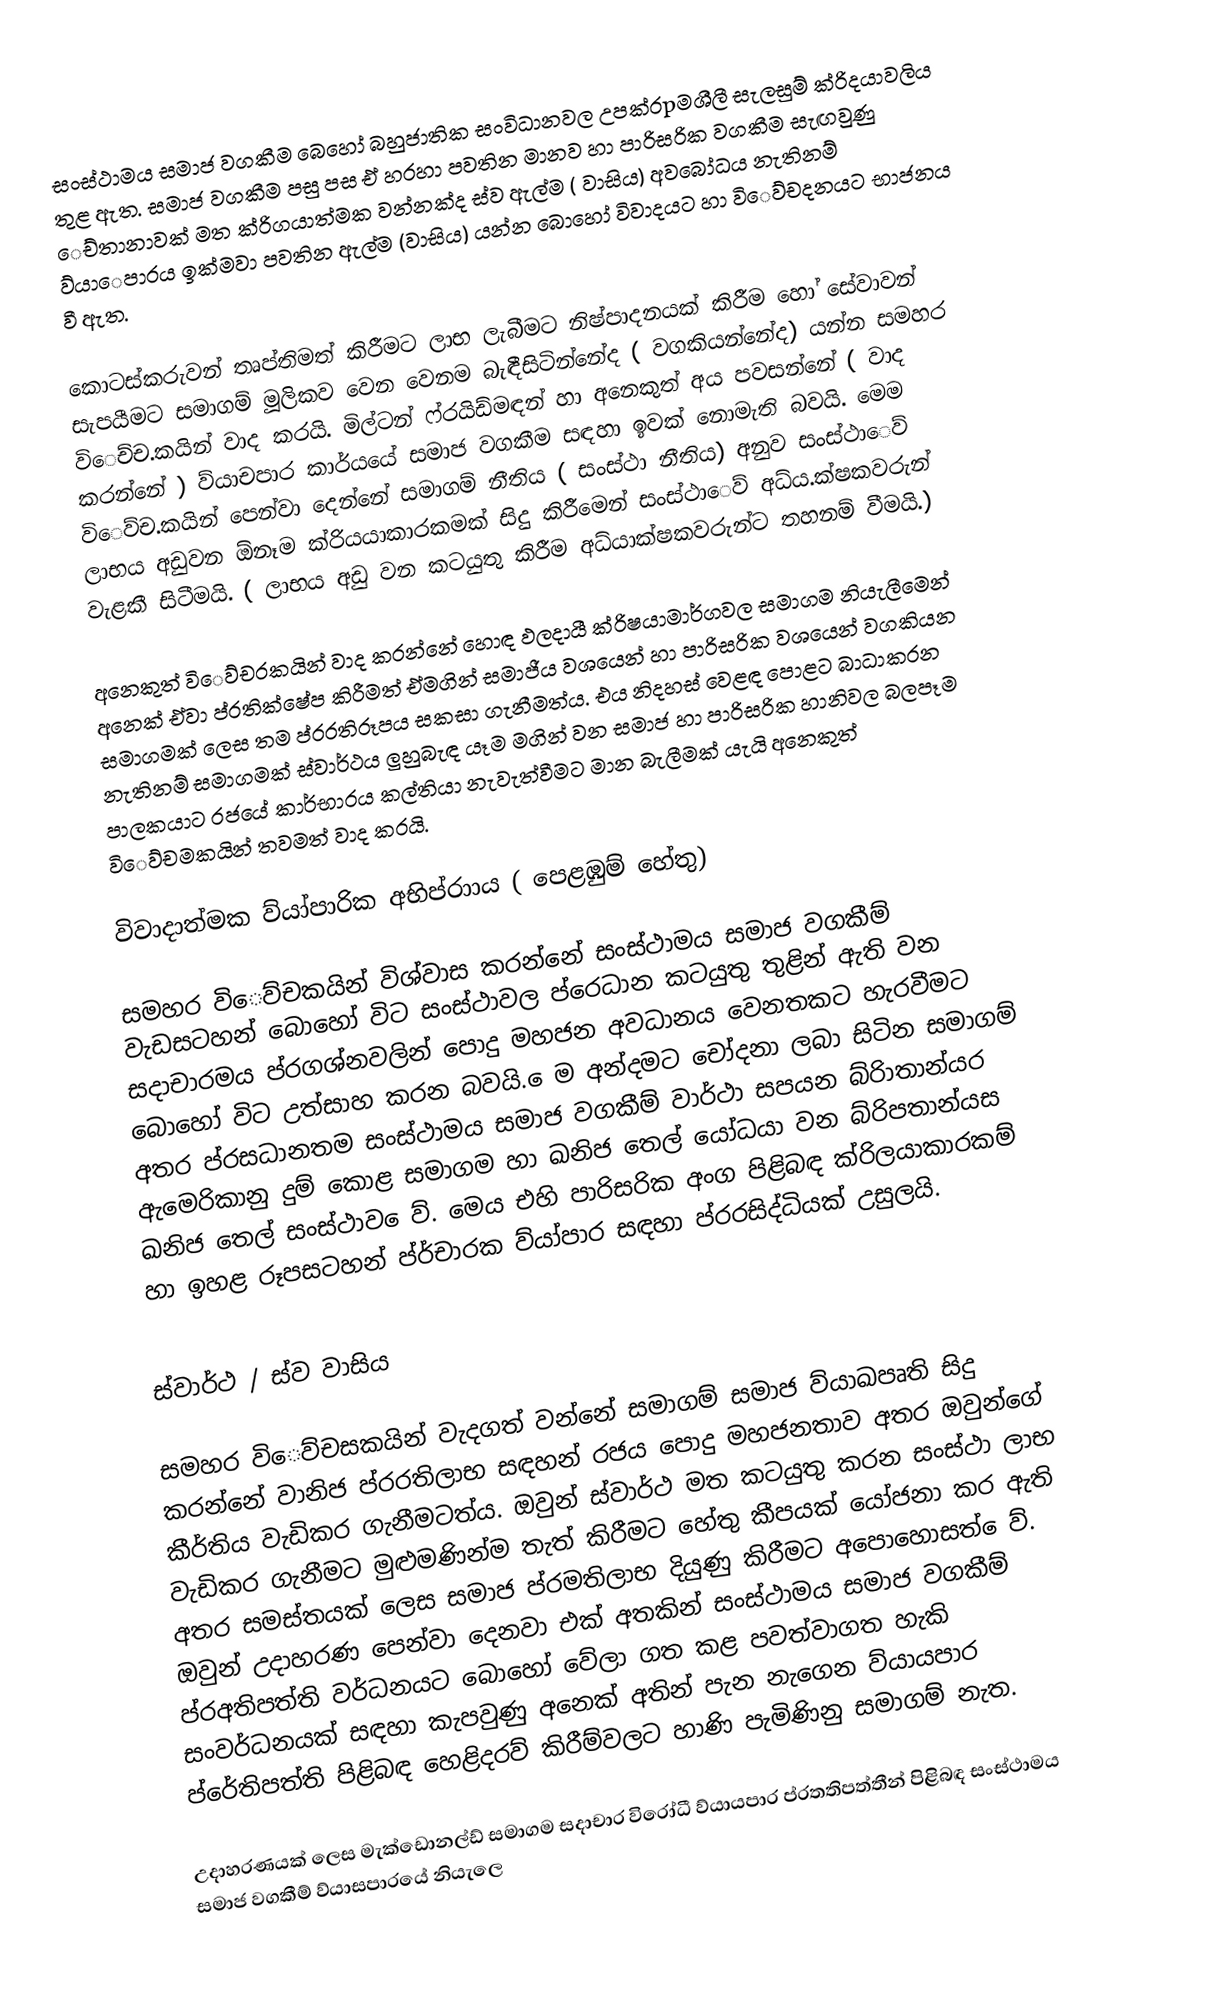
සංස්ථාමය සමාජ වගකීම බෙහෝ බහුජාතික සංවිධානවල උපක්රpමශීලී සැලසුම්‍ ක්රිදයාවලිය තුළ ඇත. සමාජ වගකීම පසු පස ඒ හරහා පවතින මානව හා පාරිසරික වගකීම සැඟවුණු ‍ෙච්තානාවක් මත ක්රිගයාත්මක  වන්නක්ද ස්ව ඇල්ම ( වාසිය) අවබෝධය නැතිනම් ව්යාෙපාරය ඉක්මවා පවතින ඇල්ම (වාසිය) යන්න බොහෝ විවාදයට හා වි‍ෙව්චදනයට භාජනය වී ඇත.

කොටස්කරුවන් තෘප්තිමත් කිරීමට ලාභ ලැබීමට නිෂ්පාදනයක් කිරීම හෝ සේවාවන් සැපයීමට සමාගම්‍ මූලිකව වෙන වෙනම බැඳීසිටින්නේද ( වගකියන්නේද) යන්න සමහර වි‍ෙච්ච.කයින් වාද කරයි. මිල්ටන් ෆ්රයිඩ්මඳන් හා අනෙකුත් අය පවසන්නේ ( වාද කරන්නේ ) ව්යාචපාර කාර්යයේ සමාජ වගකීම සඳහා ඉවක් නොමැති බවයි. මෙම වි‍ෙව්ච.කයින් පෙන්වා දෙන්නේ සමාගම්‍ නීතිය ( සංස්ථා නීතිය) අනුව සංස්ථා‍ෙව් ලාභය අඩුවන ඕනෑම ක්රියයාකාරකමක් සිදු කිරීමෙන් සංස්ථා‍ෙව්‍ අධ්ය.ක්ෂකවරුන් වැළකී සිටීමයි. ( ලාභය අඩු වන කටයුතු කිරීම  අධ්යාක්ෂකවරුන්ට තහනම්‍ වීමයි.)

අනෙකුත් වි‍ෙව්චරකයින්  වාද කරන්නේ හොඳ ඵලදායී ක්රිෂයාමාර්ගවල සමාගම නියැලීමෙන් අනෙක් ඒවා ප්ර‍තික්ෂේප කිරීමත් ඒමගින් සමාජීය වශයෙන් හා පාරිසරික වශයෙන් වගකියන සමාගමක් ලෙස තම ප්රරතිරූපය සකසා ගැනීමත්ය. එය නිදහස්  වෙළඳ පොළට බාධාකරන නැතිනම්‍ සමාගමක් ස්වාර්ථය ලුහුබැඳ යෑම මගින් වන සමාජ හා පාරිසරික හානිවල බලපෑම පාලකයාට රජයේ කාර්භාරය කල්තියා නැවැත්වීමට මාන බැලීමක් යැයි අනෙකුත් වි‍ෙව්චමකයින් තවමත් වාද කරයි.

විවාදාත්මක ව්යා්පාරික අභිප්රාාය ( පෙළඹුම්‍ හේතු)

සමහර වි‍ෙව්ච‍කයින් විශ්වාස කරන්නේ සංස්ථාමය සමාජ වගකීම්‍ වැඩසටහන් බොහෝ විට සංස්ථාවල ප්රෙධාන කටයුතු තුළින් ඇති වන සදාචාරමය ප්රගශ්නවලින් පොදු මහජන අවධානය වෙනතකට හැරවීමට බොහෝ විට උත්සාහ කරන බවයි. ‍ෙම අන්දමට චෝදනා ලබා සිටින සමාගම්‍ අතර ප්රසධානතම සංස්ථාමය සමාජ වගකීම්‍ වාර්ථා සපයන බ්රිාතාන්යර ඇමෙරිකානු දුම් කොළ සමාගම හා ඛනිජ තෙල් යෝධයා වන බ්රිපතාන්යස ඛනිජ තෙල් සංස්ථාව ‍ෙව්‍. මෙය එහි පාරිසරික අංග පිළිබඳ ක්රිලයාකාරකම්‍ හා ඉහළ රූපසටහන් ප්ර්චාරක ව්යා්පාර සඳහා ප්රරසිද්ධියක් උසුලයි.

ස්වාර්ථ / ස්ව වාසිය

සමහර වි‍ෙව්චසකයින් වැදගත් වන්නේ සමාගම්‍ සමාජ ව්යාඛපෘති සිදු කරන්නේ වානිජ ප්රරතිලාභ සඳහන් රජය පොදු මහජනතාව අතර ඔවුන්ගේ කීර්තිය වැඩිකර ගැනීමටත්ය. ඔවුන් ස්වාර්ථ මත කටයුතු කරන සංස්ථා ලාභ වැඩිකර ගැනීමට මුළුමණින්ම තැත් කිරීමට හේතු කීපයක් යෝජනා කර ඇති අතර සමස්තයක් ලෙස සමාජ ප්රමතිලාභ දියුණු කිරීමට අපොහොසත් ‍ෙව්‍. ඔවුන් උදාහරණ පෙන්වා දෙනවා එක් අතකින් සංස්ථාමය සමාජ වගකීම්‍  ප්රඅතිපත්ති වර්ධනයට බොහෝ වේලා ගත කළ   පවත්වාගත හැකි සංවර්ධනයක් සඳහා කැපවුණු අනෙක් අතින් පැන නැගෙන ව්යායපාර ප්රේතිපත්ති පිළිබඳ හෙළිදරව්‍ කිරීම්‍වලට හාණි පැමිණිනු සමාගම්‍ නැත.

උදාහරණයක් ලෙස මැක්ඩොනල්ඩ්‍ සමාගම සදාචාර විරෝධී ව්යායපාර ප්රතතිපත්තීන් පිළිබඳ සංස්ථාමය සමාජ වගකීම්‍ ව්යාසපාරයේ නියැලෙ